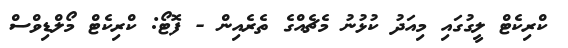
ކްރިކެޓް ލީގުގައި މިއަދު ކުޅުނު މެޗެއްގެ ތެރެއިން - ފޮޓޯ: ކްރިކެޓް މޯލްޑިވްސް